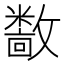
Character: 𫿝